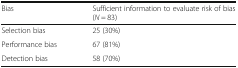
| Bias | Sufficient information to evaluate risk of bias(N = 83) |
 | --- | --- |
 | Selection bias | 25 (30%) |
 | Performance bias | 67 (81%) |
 | Detection bias | 58 (70%) |